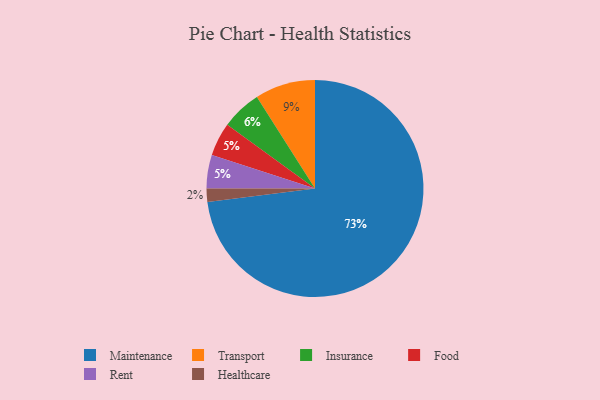
{"axis": {"x": "Category", "y": "Percentage"}, "legend": ["Food", "Healthcare", "Insurance", "Maintenance", "Rent", "Transport"], "data": [{"x": "Maintenance", "y": 73, "type": "Maintenance"}, {"x": "Food", "y": 5, "type": "Food"}, {"x": "Healthcare", "y": 2, "type": "Healthcare"}, {"x": "Rent", "y": 5, "type": "Rent"}, {"x": "Insurance", "y": 6, "type": "Insurance"}, {"x": "Transport", "y": 9, "type": "Transport"}]}